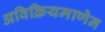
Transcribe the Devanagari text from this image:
अविक्रियमाणेन